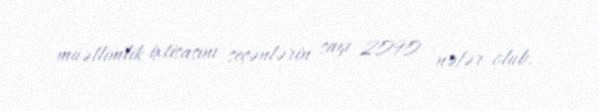
müəllimlik ixtisasını seçənlərin sayı 2090 nəfər olub.